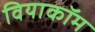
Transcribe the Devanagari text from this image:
वियाकॉम